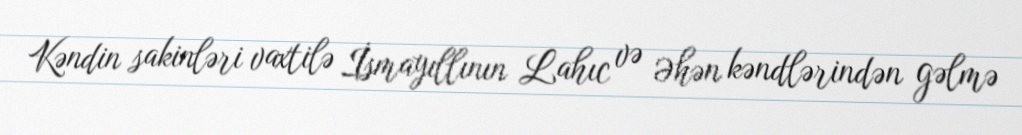
Kəndin sakinləri vaxtilə İsmayıllının Lahıc və Əhən kəndlərindən gəlmə